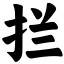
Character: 拦